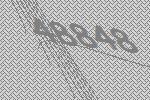
48848